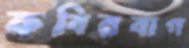
কবিরবাগ